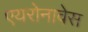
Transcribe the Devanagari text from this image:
एयरोनावेस